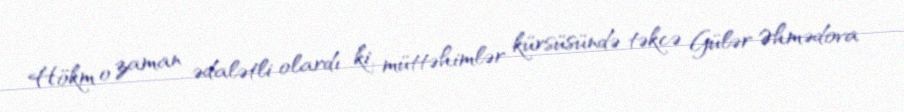
Hökm o zaman ədalətli olardı ki, müttəhimlər kürsüsündə təkcə Gülər Əhmədova